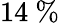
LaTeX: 14\ \%